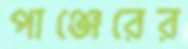
পাঞ্জেরের